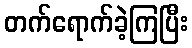
တက်ရောက်ခဲ့ကြပြီး